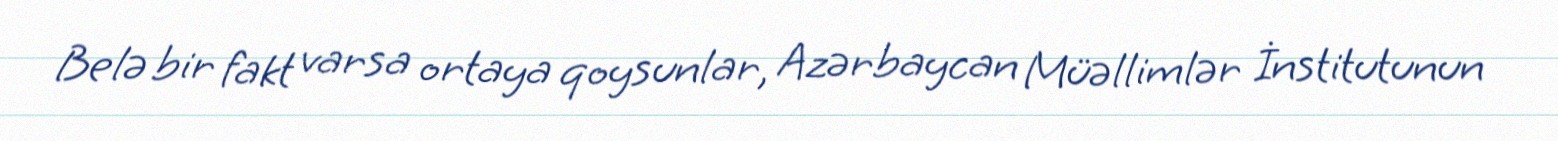
Belə bir fakt varsa ortaya qoysunlar, Azərbaycan Müəllimlər İnstitutunun